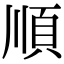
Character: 順